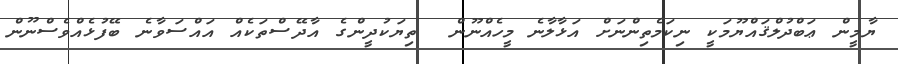
ޔާމީން ޢަބްދުލްޤައްޔޫމަކީ ނިކަމެތިންނަށް އަޅާލާނެ މީހެއްނޫން  ތިޔަކުދީންގެ އާދޭސްތަކެއް އައްސަވާނެ ބޭފުޅެއްވެސްނޫން